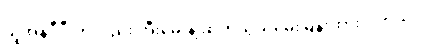
ယူအန်ဒီပီ ကိုလည်း အီးမေးနဲ့ ဆက်သွယ်မေးမြန်းထားပါတယ်။